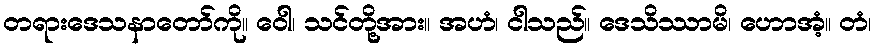
တရားဒေသနာတော်ကို။ ဝေါ၊ သင်တို့အား။ အဟံ၊ ငါသည်။ ဒေသိဿာမိ၊ ဟောအံ့။ တံ၊